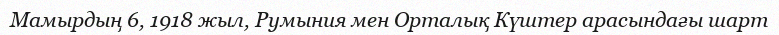
Мамырдың 6, 1918 жыл, Румыния мен Орталық Күштер арасындағы шарт